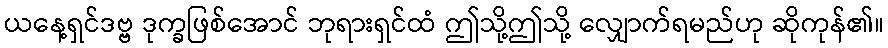
ယနေ့ရှင်ဒဗ္ဗ ဒုက္ခဖြစ်အောင် ဘုရားရှင်ထံ ဤသို့ဤသို့ လျှောက်ရမည်ဟု ဆိုကုန်၏။